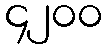
၄၂၀၀